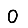
Digit: 0